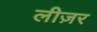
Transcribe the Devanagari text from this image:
लीज़र